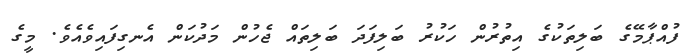
ފުއްޕާމޭގެ ބަލިތަކުގެ އިތުރުން ހަކުރު ބަލިފަދަ ބަލިތައް ޖެހުން މަދުކަން އެނގިފައިވެއެވެ. މީގެ